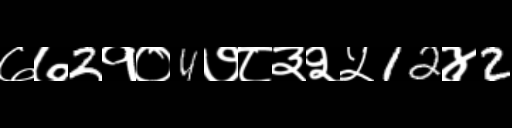
Text: ७७2१०4७८३२५12४2